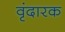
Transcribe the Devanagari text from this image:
वृंदारक